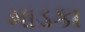
માડકા